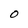
Character: O